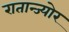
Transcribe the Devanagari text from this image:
रातान्ज्योर